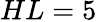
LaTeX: HL=5